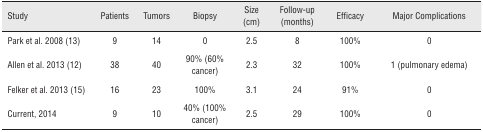
| Study | Patients | Tumors | Biopsy | Size (cm) | Follow-up (months) | Efficacy | Major Complications |
 | --- | --- | --- | --- | --- | --- | --- | --- |
 | Park et al. 2008 (13) | 9 | 14 | 0 | 2.5 | 8 | 100% | 0 |
 | Allen et al. 2013 (12) | 38 | 40 | 90% (60% cancer) | 2.3 | 32 | 100% | 1 (pulmonary edema) |
 | Felker et al. 2013 (15) | 16 | 23 | 100% | 3.1 | 24 | 91% | 0 |
 | Current, 2014 | 9 | 10 | 40% (100% cancer) | 2.5 | 29 | 100% | 0 |